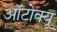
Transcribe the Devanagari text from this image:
ऑटोक्यू